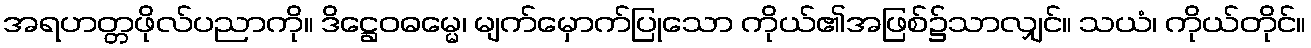
အရဟတ္တဖိုလ်ပညာကို။ ဒိဋ္ဌေဝဓမ္မေ၊ မျက်မှောက်ပြုသော ကိုယ်၏အဖြစ်၌သာလျှင်။ သယံ၊ ကိုယ်တိုင်။